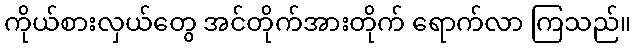
ကိုယ်စားလှယ်တွေ အင်တိုက်အားတိုက် ရောက်လာ ကြသည်။